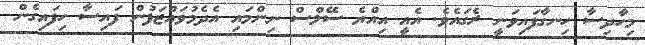
މިހާދިސާ ހިނގާފައިވަނީ ރެގައެވެ. އެއީ އިއްޔެ ސޭލްސް ނިންމައި އެދެމުވައްޒަފުން ފައިސާ ހިފައިގެން